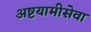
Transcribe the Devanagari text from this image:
अष्टयामीसेवा